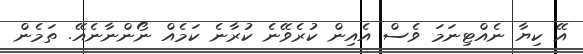
އޭ ކިޔާ ނެއްޓިނަމަ ވެސް އެއިން ކުރެވޭނެ ކުރާނެ ކަމެއް ނޯންނާނެއޭ. ތަމެން